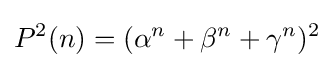
P^{2}(n)=(\alpha ^{n}+\beta ^{n}+\gamma ^{n})^{2}